NAE_EAA_P-1039_Kommunismi_Majak_kalurikolhoos, lk 29
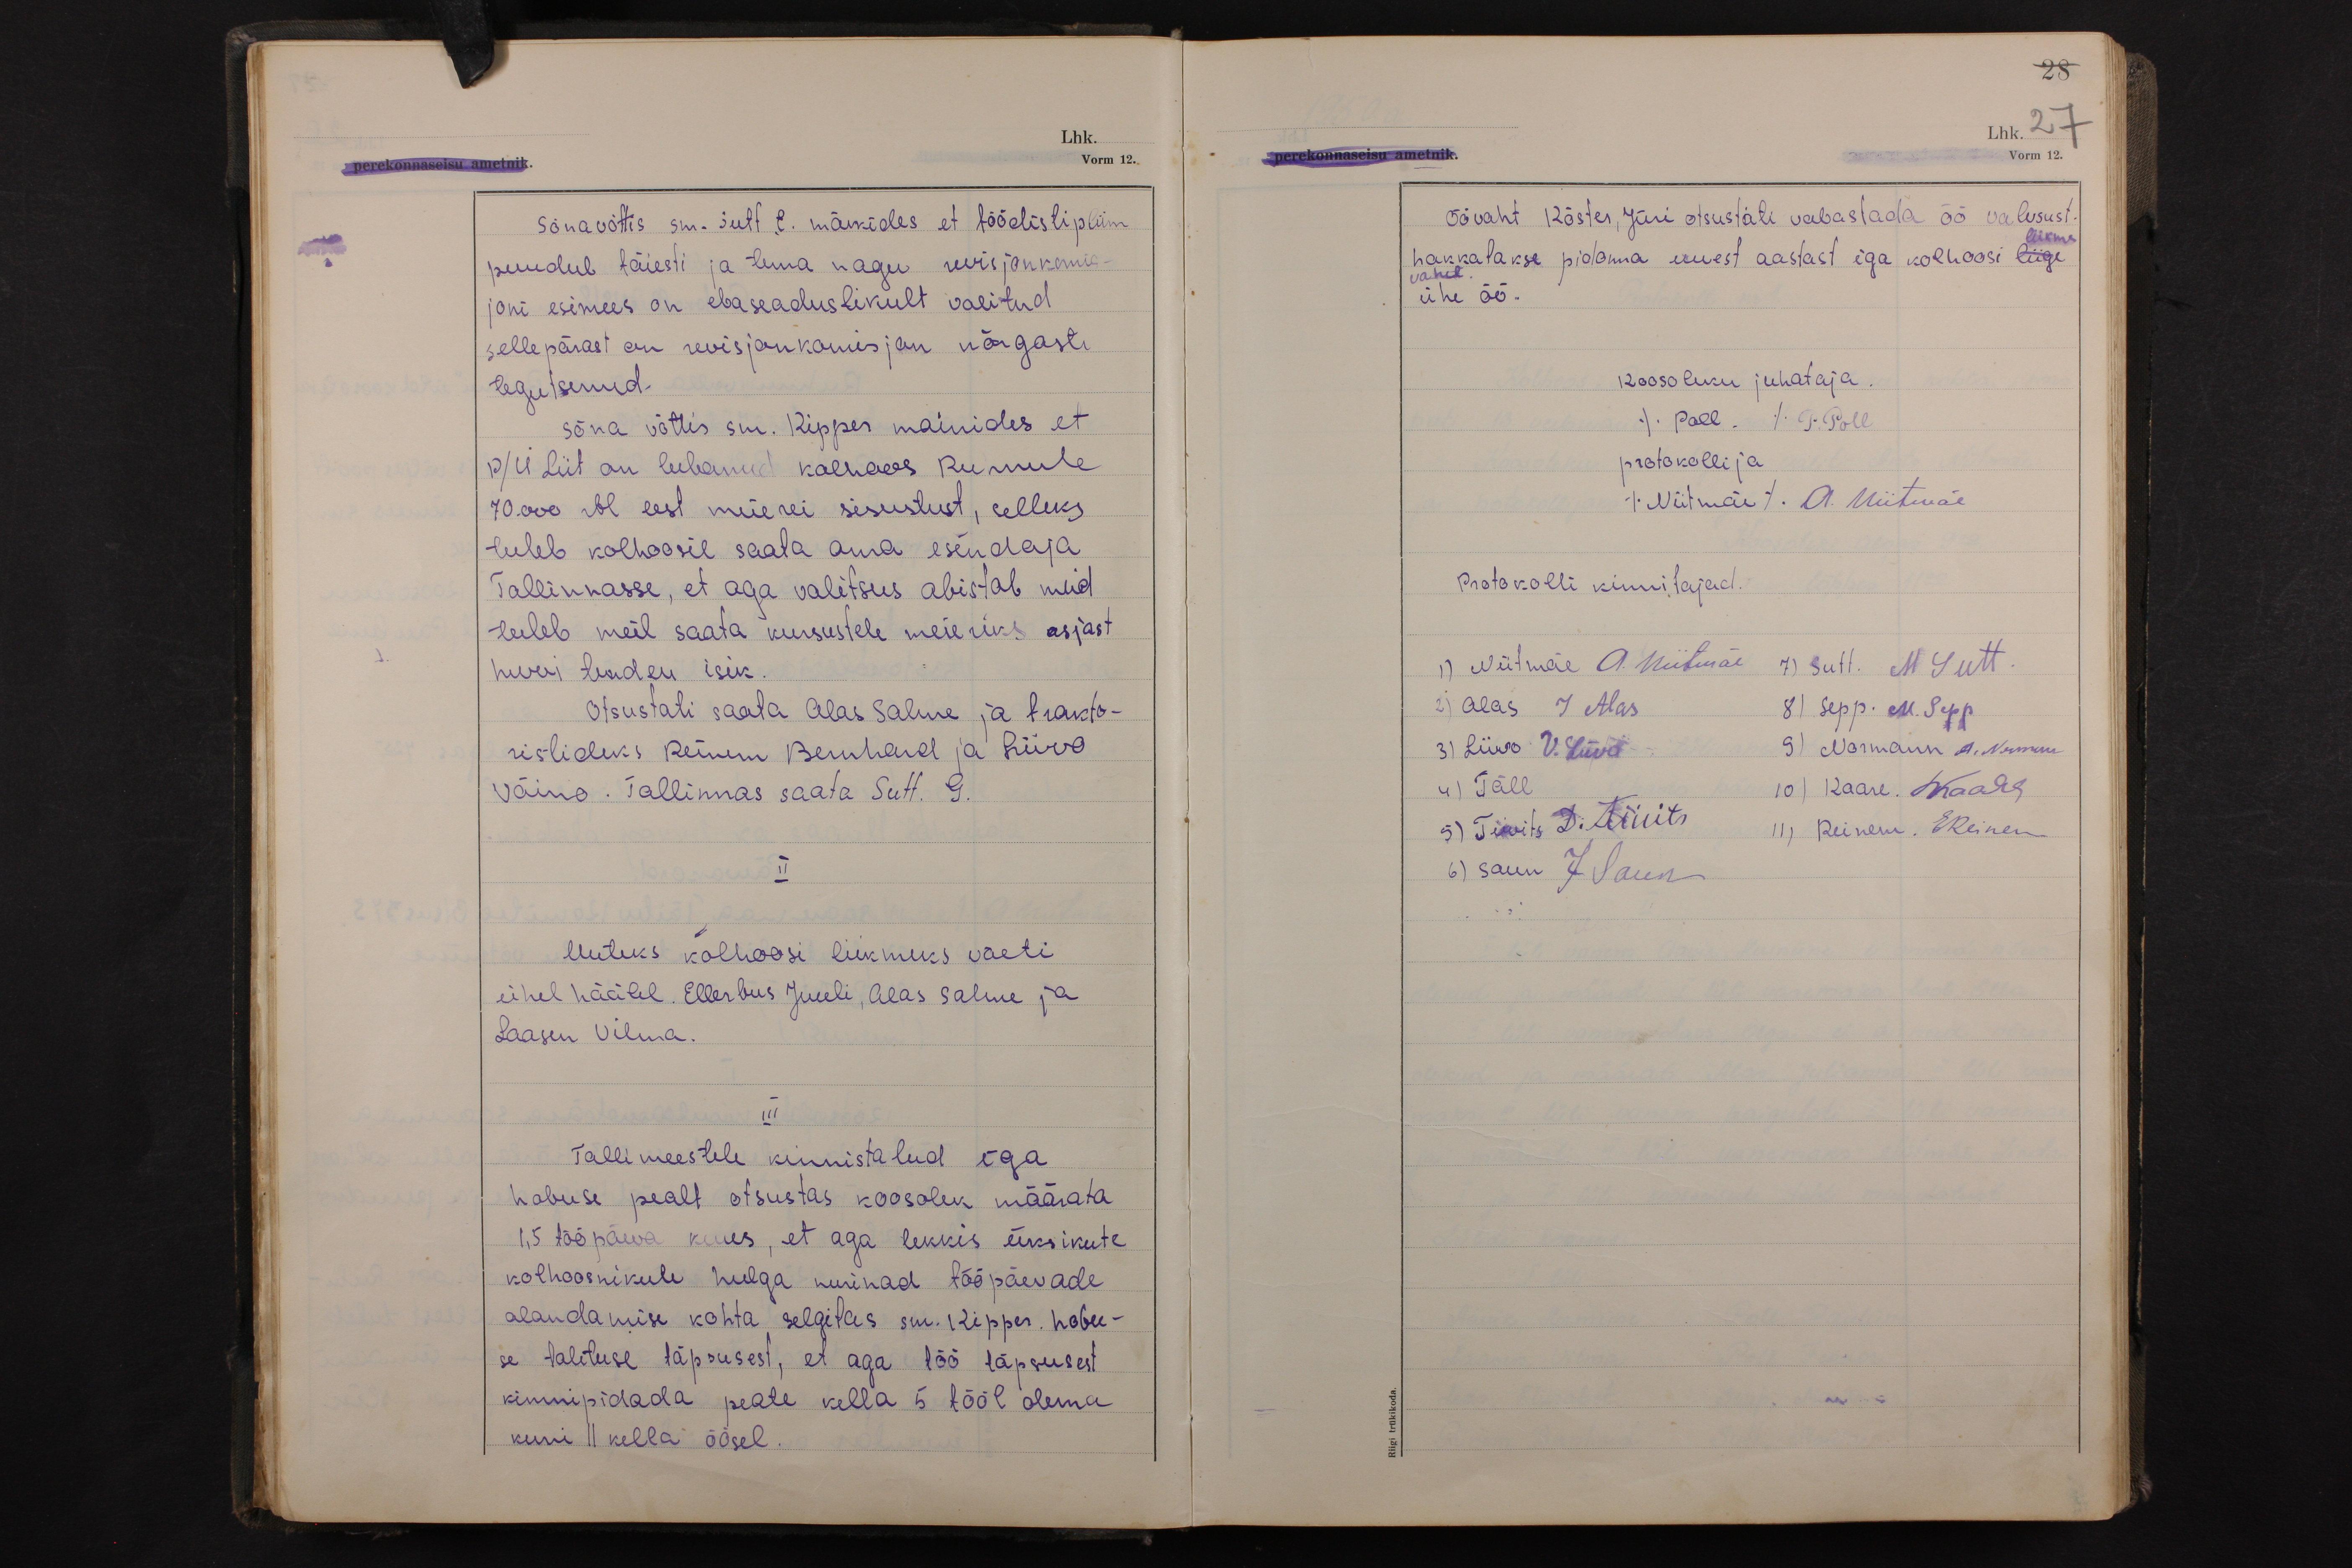
28
Lhk. 27
Vorm 12.

Sõna võttis sm. Sutt. E. märkides et töödistipliin
puudub täiesti ja tema nagu revisjonkomis-
joni esimees on ebaseaduslikult valitud
sellepärast on revisjonkomisjon nõrgasti
tegutsenud.
Sõna võttis sm. Kipper mainides et
P/Ü Liit on lubanud kolhoos Ruhnule
70.000 rbl eest meierei sisustust, selleks
tuleb kolhoosil saata oma esindaja
Tallinnasse, et aga valitsus abistab meid
tuleb meil saata kursustele meieriks asjast
huvi tundev isik.
Otsustati saata Alas Salme ja trakto-
ristideks Reinem Bernhard ja Liivo
Väino. Tallinnas saata Sutt. G.
II
Uuteks kolhoosi liikmeks võeti
ühel häälel. Ellerbus Juuli, Alas Salme ja
Laasen Vilma.
III
Tallimeestele kinnistalud iga
hobuse pealt otsustas koosolek määrata
1,5 tööpäeva kuus, et aga tekkis üksikute
kolhoosnikute hulga nurinad tööpäevade
alandamise kohta selgitas sm. Kipper. hobu-
se talituse täpsusest, et aga töö täpsusest
kinnipidada peate kella 5 tööl olema
kuni 11 kella öösel.

Öövaht Köster, Jüri otsustati vabastada öö valvsust.
liikme
hakkatakse pidama uuest aastast iga kolhoosi liige
vahel.
ühe öö.
Koosoleku juhataja.
(Poll.) P. Poll
protokollija
(Niitmäe). A. Niitmäe
Protokolli kinnitajad.
1) Niitmäe A. Niitmäe 7) Sutt. M Sutt.
2) Alas J Alas 8) Sepp. M. Sepp
3) Liivo V. Liivo 9) Normann A. Norman
4) Täll 10) Kaare. LKaare
5) Tiivits D. Tiivits 11) Reinem. EReinem
6) Saun J Saun